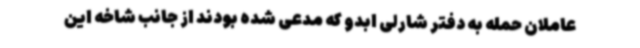
عاملان حمله به دفتر شارلی ابدو که مدعی شده‌ بودند از جانب شاخه این